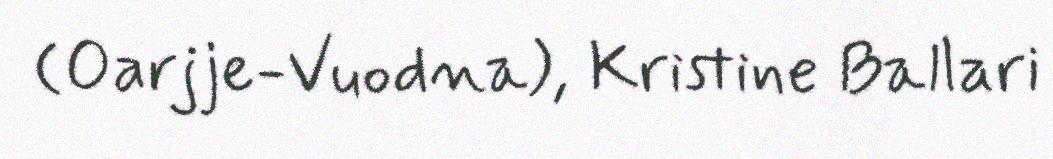
(Oarjje-Vuodna), Kristine Ballari